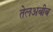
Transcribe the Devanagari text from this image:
तेलअबीब